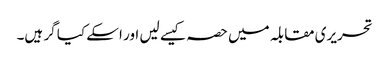
تحریری مقابلہ میں حصہ کیسے لیں اور اسکے کیا گر ہیں۔